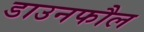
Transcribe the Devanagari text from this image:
डाउनफौल